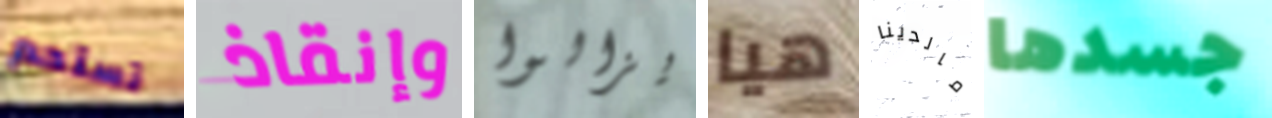
تستحم وإنقاذ يزالوا هيا مالدينا جسدها